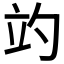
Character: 𥩘